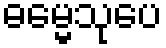
ဓမ္မေသုပေ